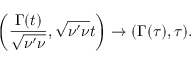
\left( \frac { \Gamma ( t ) } { \sqrt { \nu ^ { \prime } \nu } } , \sqrt { \nu ^ { \prime } \nu } t \right) \rightarrow ( \Gamma ( \tau ) , \tau ) .